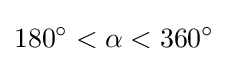
180^{\circ }<\alpha <360^{\circ }